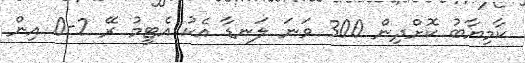
ކާމިޔާބު ކޮށްދިން 300 ވަނަ ލަނޑާ އެކު އެޓީމު ރޭ 2-0 އިން